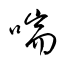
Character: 喘